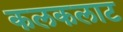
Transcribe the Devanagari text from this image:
कलकलाट